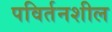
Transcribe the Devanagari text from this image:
पविर्तनशील